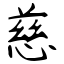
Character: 慈